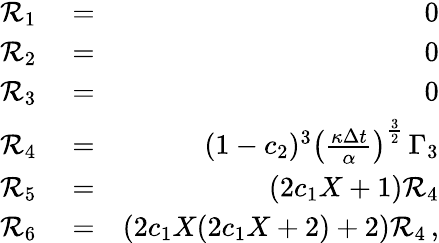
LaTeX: \begin{array}{rlr}{{\cal R}_{1}}&{{}=}&{0}\\ {{\cal R}_{2}}&{{}=}&{0}\\ {{\cal R}_{3}}&{{}=}&{0}\\ {{\cal R}_{4}}&{{}=}&{(1-c_{2})^{3}\left(\frac{\kappa\Delta{t}}{\alpha}\right)^{\frac{3}{2}}\, \Gamma_{3}}\\ {{\cal R}_{5}}&{{}=}&{(2c_{1}X+1){\cal R}_{4}}\\ {{\cal R}_{6}}&{{}=}&{(2c_{1}X(2c_{1}X+2)+2){\cal R}_{4}\, ,}\end{array}